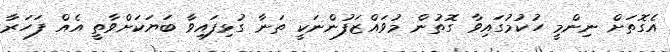
އެގޮތަށް ނިންމީ ހުކުމުގައިވާ ގޮތުން މުވައްޒަފުންނަކީ ތަނާ ގުޅިފައިވާ ބަޔަކަށްވާތީ އެއް ފަހަރާ